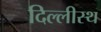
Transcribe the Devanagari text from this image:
दिल्लीस्थ